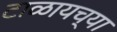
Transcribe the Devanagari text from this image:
टाळायच्या